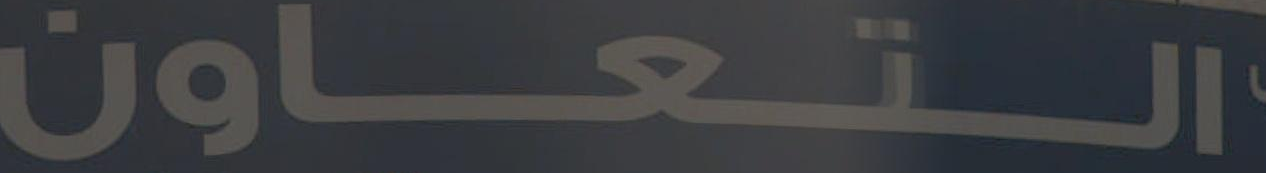
والتعاون